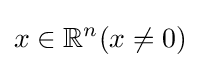
x\in \mathbb {R} ^{n}(x\neq 0)